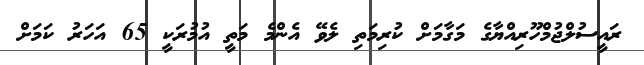
ރައީސުލްޖުމްހޫރިއްޔާގެ މަގާމަށް ކުރިމަތި ލެވޭ އެންމެ މަތީ އުމުރަކީ 65 އަހަރު ކަމަށް